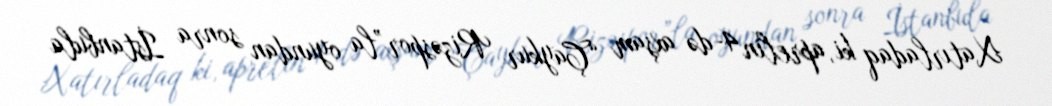
Xatırladaq ki, aprelin 4-də axşam “Çaykur Rizəspor”la oyundan sonra İstanbula